Annual vaccination report of Bihar and Orissa - 1911-1928
Year: 1911
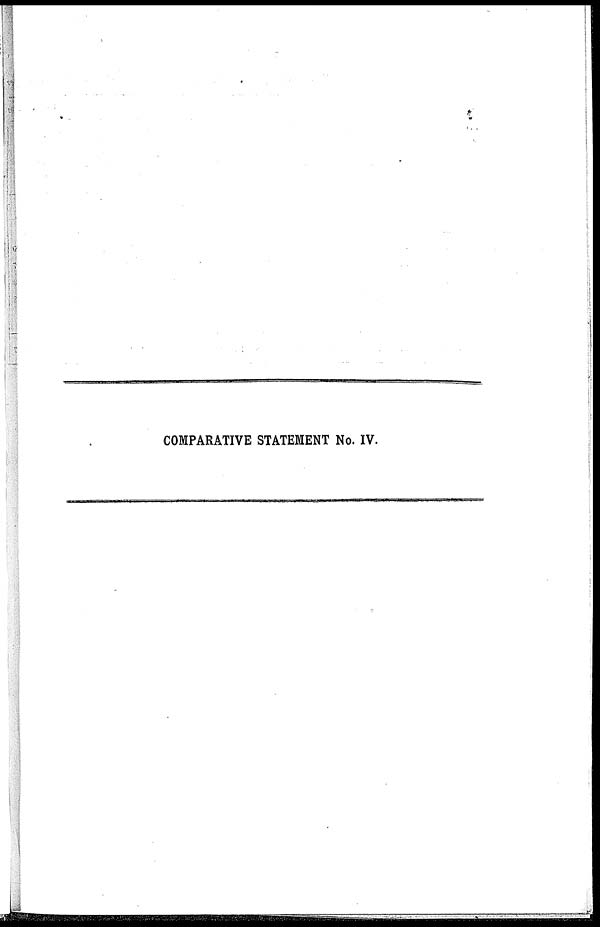
COMPARATIVE STATEMENT No. IV.